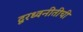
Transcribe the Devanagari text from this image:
दूरध्वनीतीची